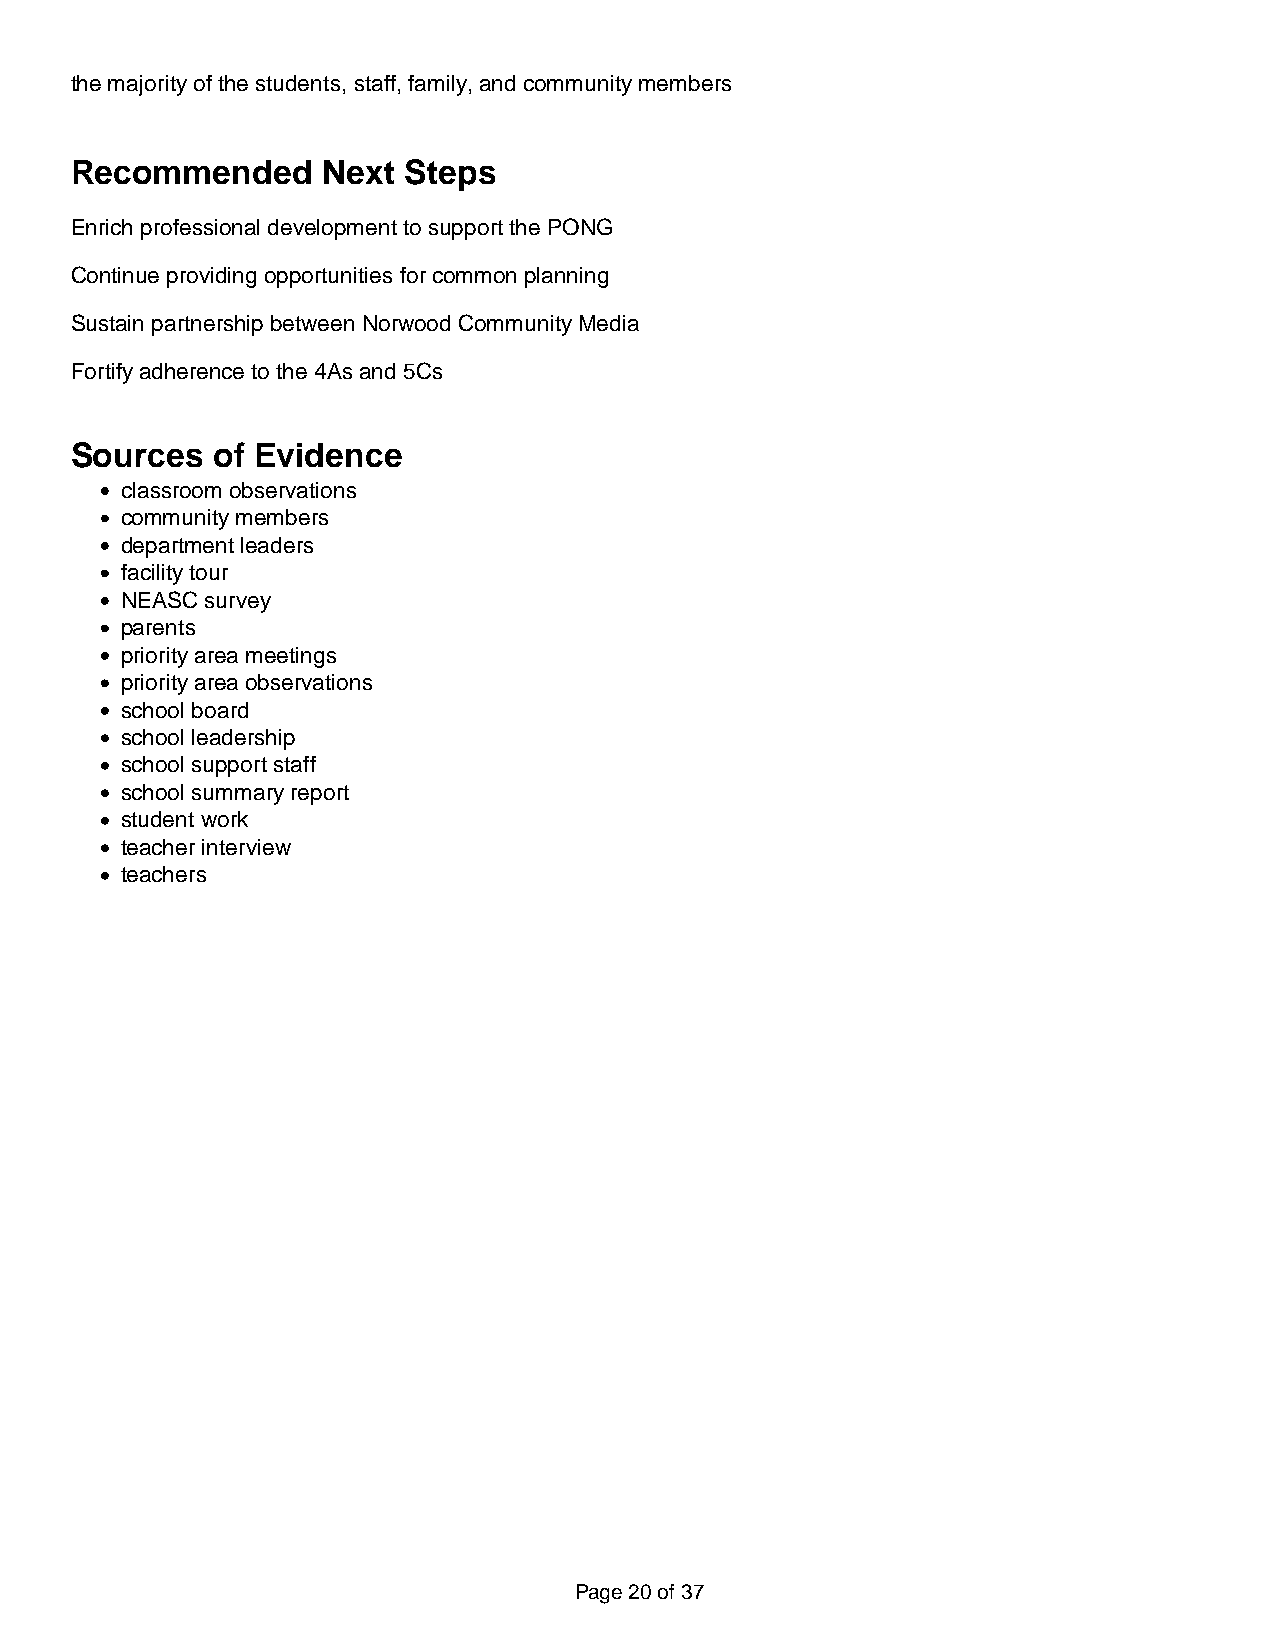
the majority of the students, staff, family, and community members
 Recommended     Next  Steps
 Enrich professional development to support the PONG
 Continue providing opportunities for common planning
 Sustain partnership between Norwood Community Media
 Fortify adherence to the 4As and 5Cs
 Sources  of Evidence
 classroom observations
 community members
 department leaders
 facility tour
 NEASC survey
 parents
 priority area meetings
 priority area observations
 school board
 school leadership
 school support staff
 school summary report
 student work
 teacher interview
 teachers
 Page 20 of 37